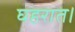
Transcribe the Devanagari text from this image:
घहरात।